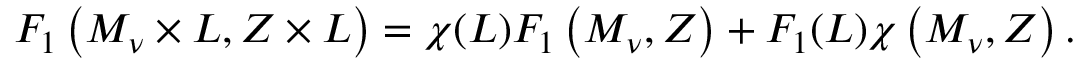
F _ { 1 } \left( M _ { \nu } \times L , Z \times L \right) = \chi ( L ) F _ { 1 } \left( M _ { \nu } , Z \right) + F _ { 1 } ( L ) \chi \left( M _ { \nu } , Z \right) .